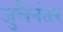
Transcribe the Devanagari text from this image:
जुलैनंतर